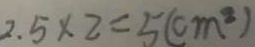
2 . 5 \times 2 = 5 ( c m ^ { 2 } )